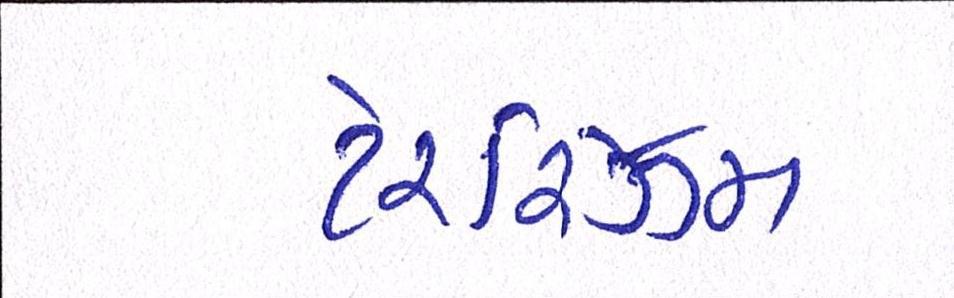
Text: ટેરરિઝમ